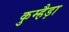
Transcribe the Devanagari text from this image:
कुम्हैड़ा